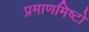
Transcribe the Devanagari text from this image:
प्रमाणमिष्टो